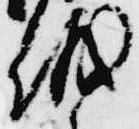
儀